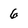
Character: 6